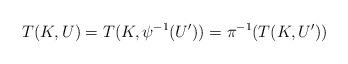
LaTeX: \begin{align*}T(K,U) = T(K,\psi^{-1}(U^\prime)) = \pi^{-1}(T(K,U^\prime))\end{align*}